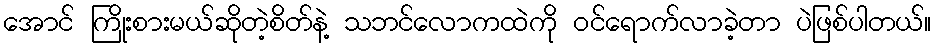
အောင် ကြိုးစားမယ်ဆိုတဲ့စိတ်နဲ့ သဘင်လောကထဲကို ဝင်ရောက်လာခဲ့တာ ပဲဖြစ်ပါတယ်။